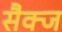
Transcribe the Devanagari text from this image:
सैक्ज